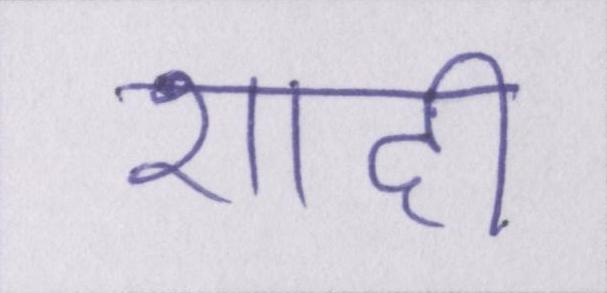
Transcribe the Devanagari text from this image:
शादी